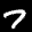
Digit: 7